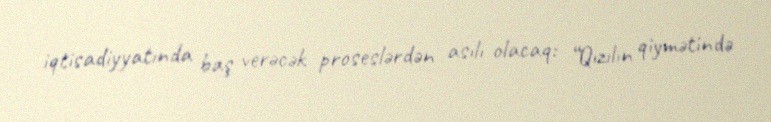
iqtisadiyyatında baş verəcək proseslərdən asılı olacaq: “Qızılın qiymətində